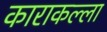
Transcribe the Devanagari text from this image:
काराकल्ला